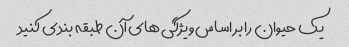
یک حیوان را بر اساس ویژگی های آن طبقه بندی کنید